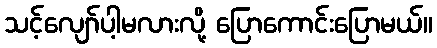
သင့်လျော်ပါ့မလားလို့ ပြောကောင်းပြောမယ်။